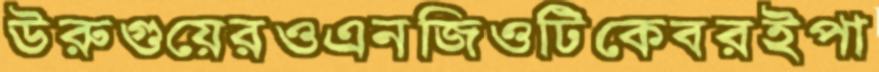
উরুগুয়েরওএনজিওটিকেবরইপা